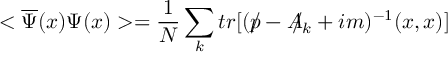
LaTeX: < \overline { { { \Psi } } } ( x ) \Psi ( x ) > = \frac { 1 } { N } \sum _ { k } t r [ ( p \! \! \! / - A \! \! \! / _ { k } + i m ) ^ { - 1 } ( x , x ) ]